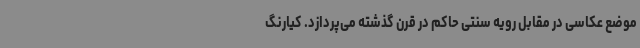
موضع عکاسی در مقابل رویه سنتی حاکم در قرن گذشته می‌پردازد. کیارنگ